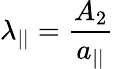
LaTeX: \lambda_{||}=\frac{A_{2}}{a_{||}}